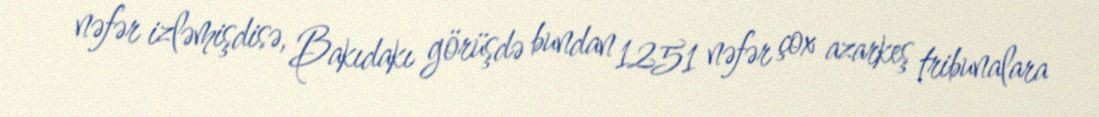
nəfər izləmişdisə, Bakıdakı görüşdə bundan 1251 nəfər çox azarkeş tribunalara